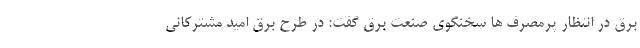
برق در انتظار پرمصرف ها سخنگوی صنعت برق گفت: در طرح برق امید مشترکانی